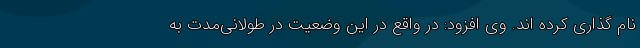
نام گذاری کرده اند. وی افزود: در واقع در این وضعیت در طولانی‌مدت به